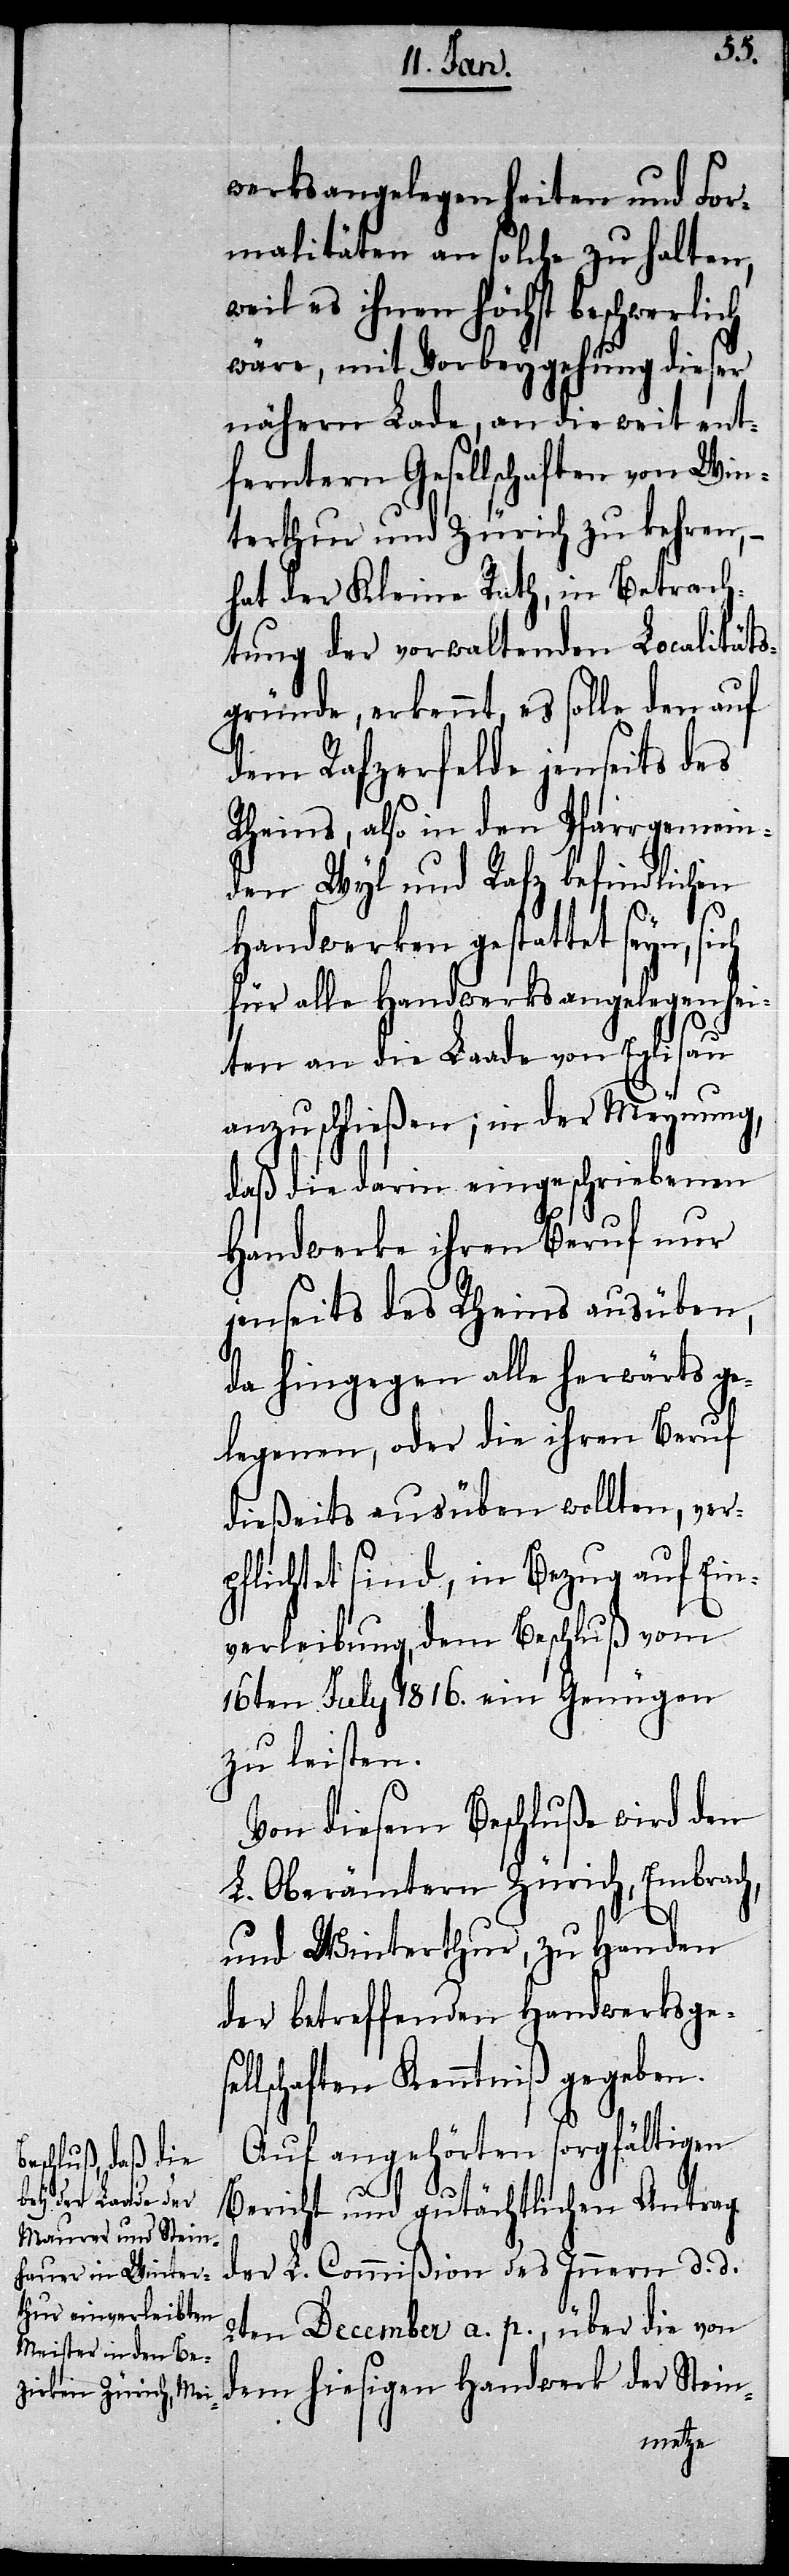
ch
werksangelegenheiten und For¬
malitäten an solche zu halten,
weil es ihnen höchst beschwerli¬
wäre, mit Vorbeygehung dieser
nähern Lade, an die weit ent¬
ferntern Gesellschaften von Win¬
terthur und Zürich zu kehren,
hat der Kleine Rath, in Betrach¬
tung der vorwaltenden Localitäts¬
gründe, erkennt, es solle den auf
dem Rafzerfelde jenseits des
Rheins, also in den Pfarrgemein¬
den Wyl und Rafz befindlichen
Handwerken gestattet seyn,
für alle Handwerksangelegenhei¬
ten an die Laade von Eglisau
anzuschließen; in der Meynung,
daß die darin eingeschriebenen
Handwerke ihren Beruf nur
jenseits des Rheins ausüben,
da hingegen alle herwärts ge¬
legenen, oder die ihren Beruf
dießeits ausüben wollten, ver¬
pflichtet sind, in Bezug auf Ein¬
verleibung, dem Beschluß vom
16ten July 1816. ein Genügen
zu leisten.
Von diesem Beschluße wird den
L. Oberämtern Zürich, Embrach,
und Winterthur, zu Handen
der betreffenden Handwerksgese¬
llschaften Kenntniß gegeben.
Auf angehörten sorgfältigen
Bericht und gutächtlichen Antrag
der L. Commißion des Innern d. d.
2ten December a. p., über die von
dem hiesigen Handwerk der Stein-